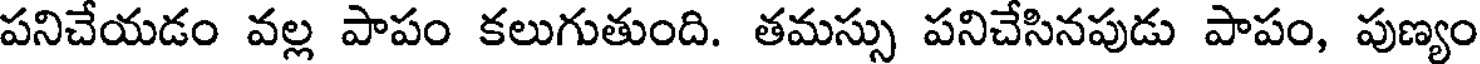
పనిచేయడం వల్ల పాపం కలుగుతుంది. తమస్సు పనిచేసినపుడు పాపం, పుణ్యం